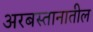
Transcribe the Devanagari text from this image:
अरबस्तानातील